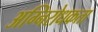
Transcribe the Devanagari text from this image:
अग्निरोधकता